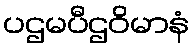
ပဌမပီဌဝိမာနံ